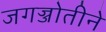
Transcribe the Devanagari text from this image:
जगज्जोतीने